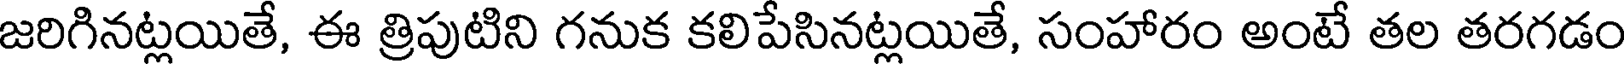
జరిగినట్లయితే, ఈ త్రిపుటిని గనుక కలిపేసినట్లయితే, సంహారం అంటే తల తరగడం